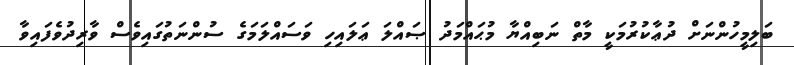
ބަލިމީހުންނަށް ދުޢާކުރުމަކީ މާތް ނަބިއްޔާ މުޙައްމަދު ޞައްލަ ޢަލައިހި ވަސައްލަމަގެ ސުންނަތުގައިވެސް ވާރިދުވެފައިވާ